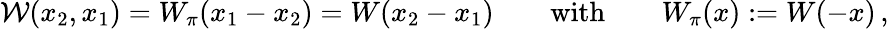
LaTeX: {\cal W}(x_{2},x_{1})=W_{\pi}(x_{1}-x_{2})=W(x_{2}-x_{1})\qquad\mathrm{with}\qquad W_{\pi}(x):=W(-x)\, ,